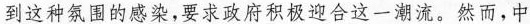
到这种氛围的感染，要求政府积极迎合这一潮流。然而，中